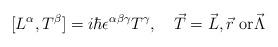
LaTeX: \begin{align*}[L^\alpha, T^\beta] = i \hbar \epsilon^{\alpha \beta \gamma}T^\gamma, \quad \mbox{$\vec{T} = \vec{L}, \vec{r}$ or$\vec{\Lambda}$}\end{align*}